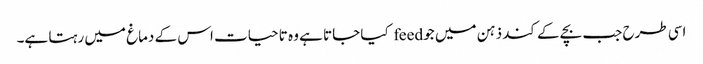
اسی طرح جب بچے کے کند ذہن میں جو feed کیا جاتا ہے وہ تا حیات اس کے دماغ میں رہتا ہے۔